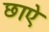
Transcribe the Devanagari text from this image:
छाऐ